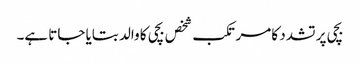
بچی پر تشدد کا مرتکب شخص بچی کا والد بتایا جاتا ہے۔